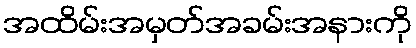
အထိမ်းအမှတ်အခမ်းအနားကို